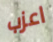
اعزب